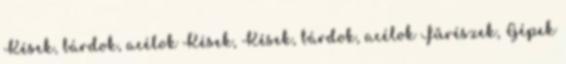
Kések, bárdok, acélok Kések, Kések, bárdok, acélok Fűrészek, Gépek